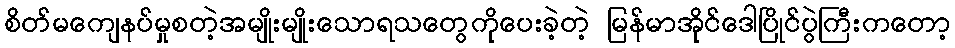
စိတ်မကျေနပ်မှုစတဲ့အမျိုးမျိုးသောရသတွေကိုပေးခဲ့တဲ့ မြန်မာအိုင်ဒေါပြိုင်ပွဲကြီးကတော့